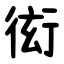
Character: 衒